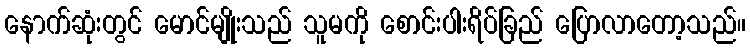
နောက်ဆုံးတွင် မောင်မျိုးသည် သူမကို စောင်းပါးရိပ်ခြည် ပြောလာတော့သည်။